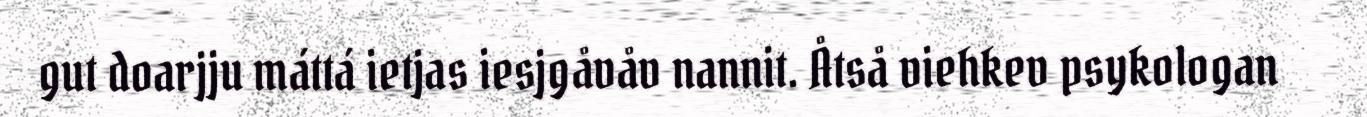
gut doarjju máttá ietjas iesjgåvåv nannit. Åtså viehkev psykologan